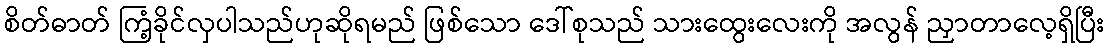
စိတ်ဓာတ် ကြံ့ခိုင်လှပါသည်ဟုဆိုရမည် ဖြစ်သော ဒေါ်စုသည် သားထွေးလေးကို အလွန် ညှာတာလေ့ရှိပြီး